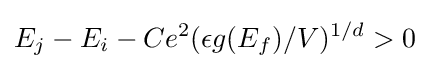
E_{j}-E_{i}-Ce^{2}(\epsilon g(E_{f})/V)^{1/d}>0